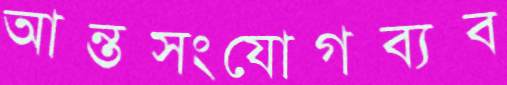
আন্তসংযোগব্যব